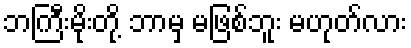
ဘကြီးမိုးတို့ ဘာမှ မဖြစ်ဘူး မဟုတ်လား